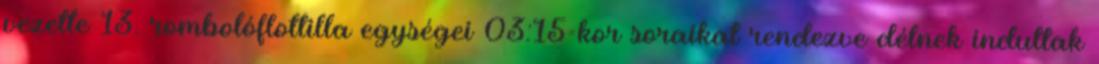
vezette 13. rombolóflottilla egységei 03:15-kor soraikat rendezve délnek indultak